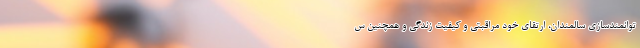
توانمندسازی سالمندان، ارتقای خود مراقبتی و کیفیت زندگی و همچنین س